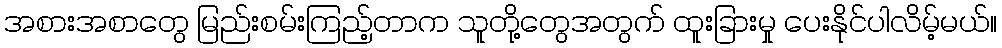
အစားအစာတွေ မြည်းစမ်းကြည့်တာက သူတို့တွေအတွက် ထူးခြားမှု ပေးနိုင်ပါလိမ့်မယ်။